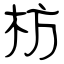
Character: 枋